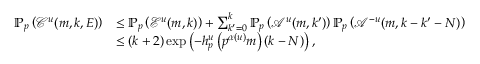
\begin{array} { r l } { \mathbb { P } _ { p } \left( \mathcal C ^ { u } ( m , k , E ) \right) } & { \leq \mathbb { P } _ { p } \left( \mathcal { E } ^ { u } ( m , k ) \right) + \sum _ { k ^ { \prime } = 0 } ^ { k } \mathbb { P } _ { p } \left( \mathcal { A } ^ { u } ( m , k ^ { \prime } ) \right) \mathbb { P } _ { p } \left( \mathcal { A } ^ { - u } ( m , k - k ^ { \prime } - N ) \right) } \\ & { \leq ( k + 2 ) \exp \left( - h _ { p } ^ { u } \left( p ^ { \alpha ( u ) } m \right) ( k - N ) \right) , } \end{array}